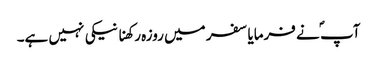
آپ ؐ نے فرمایا سفر میں روزہ رکھنا نیکی نہیں ہے۔